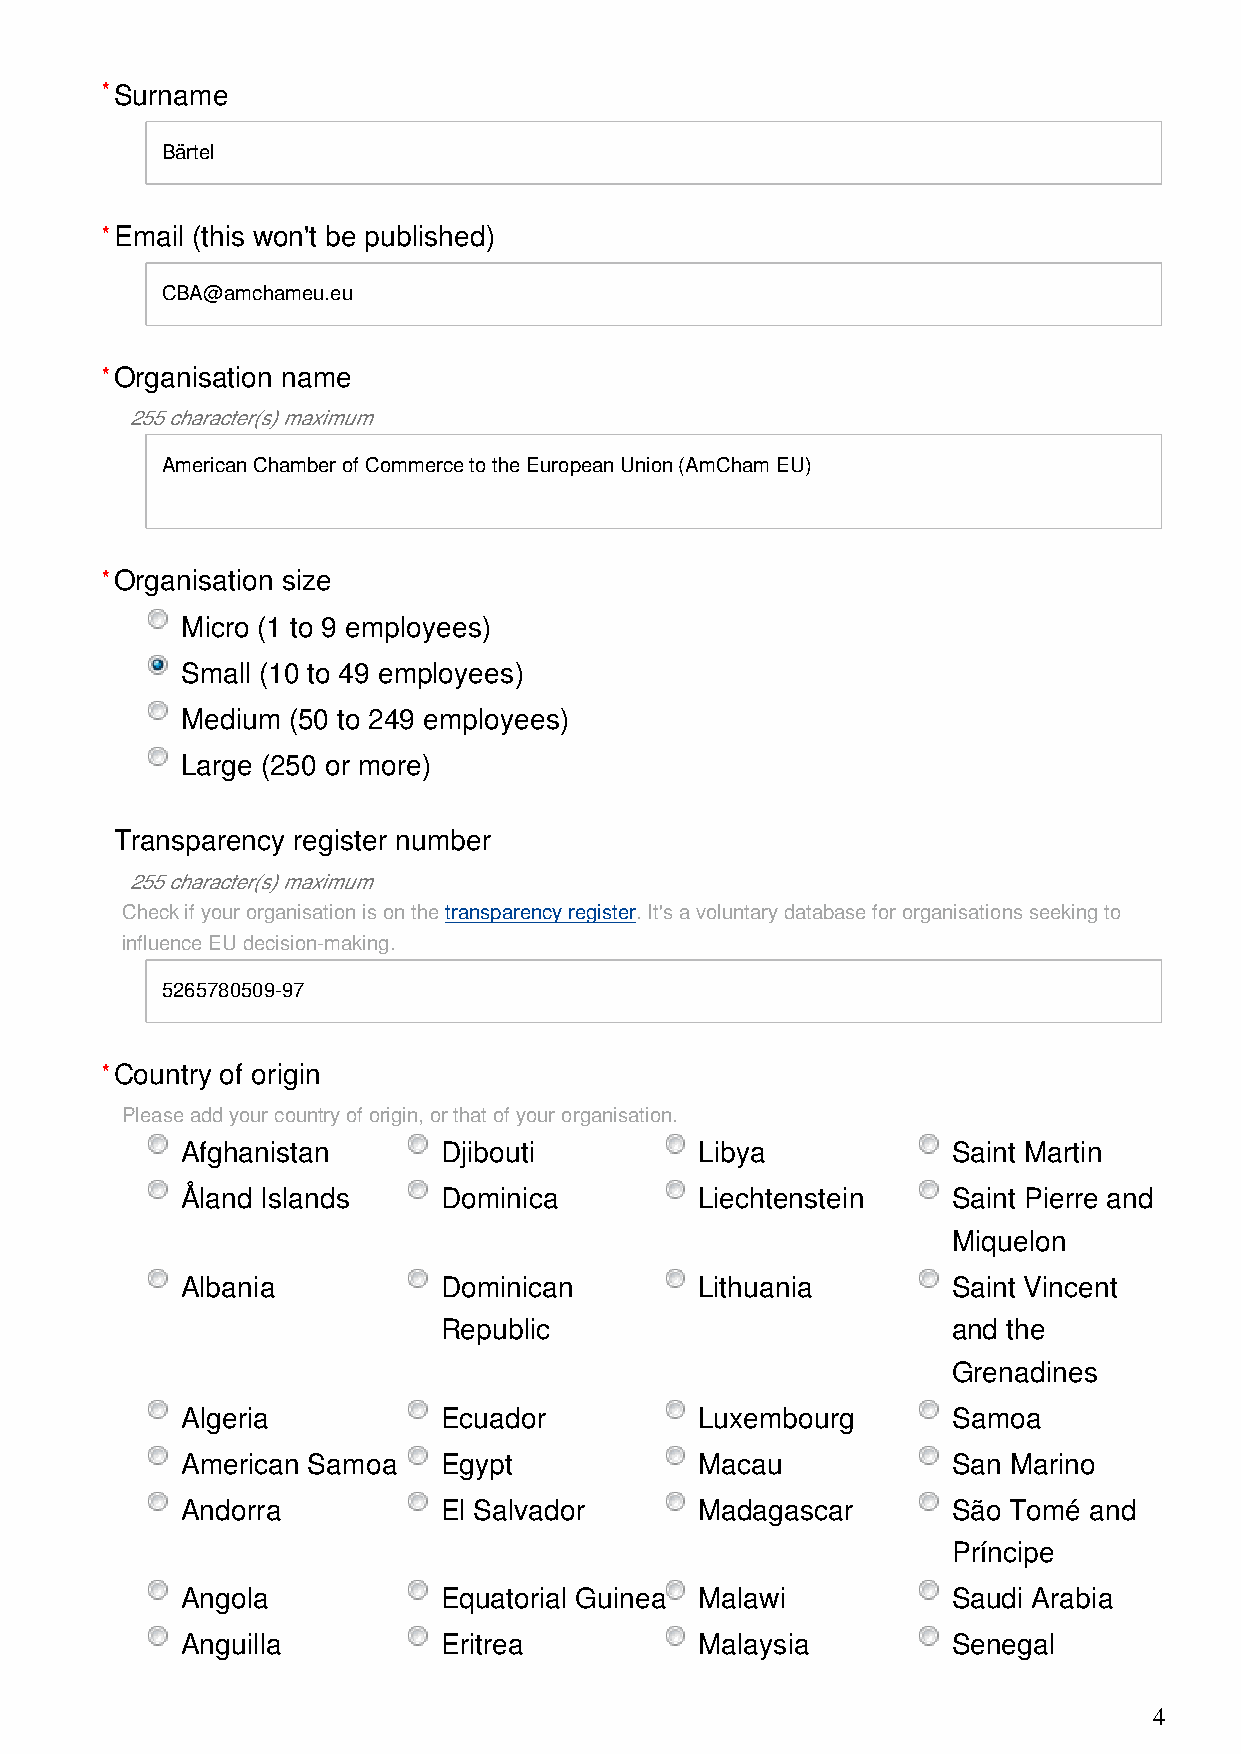
*Surname
 Bärtel
 *Email (this won't be published)
 CBA@amchameu.eu
 *Organisation name
 255 character(s) maximum
 American Chamber of Commerce to the European Union (AmCham EU)
 *Organisation size
 Micro (1 to 9 employees)
 Small (10 to 49 employees)
 Medium (50 to 249 employees)
 Large (250 or more)
 Transparency register number
 255 character(s) maximum
 Check if your organisation is on the transparency register. It's a voluntary database for organisations seeking to
 influence EU decision-making.
 5265780509-97
 *Country of origin
 Please add your country of origin, or that of your organisation.
 Afghanistan      Djibouti         Libya            Saint Martin
 Åland Islands    Dominica         Liechtenstein    Saint Pierre and
 Miquelon
 Albania          Dominican        Lithuania        Saint Vincent
 Republic                          and the
 Grenadines
 Algeria          Ecuador          Luxembourg       Samoa
 American Samoa   Egypt            Macau            San Marino
 Andorra          El Salvador      Madagascar       São Tomé and
 Príncipe
 Angola           Equatorial Guinea Malawi          Saudi Arabia
 Anguilla         Eritrea          Malaysia         Senegal
 4